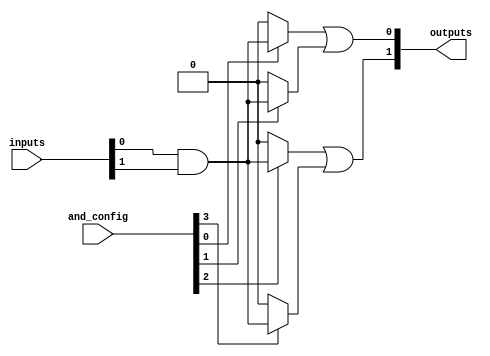
module flash_programmable_pal (
    input wire [N-1:0] inputs,              // Array of inputs
    input wire [M-1:0] and_config,          // Configuration for AND array (programmed connections)
    output wire [P-1:0] outputs              // Array of outputs
);

// Parameters
parameter N = 4;                            // Number of input pins
parameter M = 8;                            // Number of programmable AND gates
parameter P = 2;                            // Number of fixed OR outputs

// AND array - configurable product terms
wire [M-1:0] and_outputs;                  // Outputs from AND gates

genvar i, j;

// Generate the AND array
generate
    for (i = 0; i < M; i = i + 1) begin: and_array
        assign and_outputs[i] = and_config[i] ? 
            (inputs[0] & inputs[1]) : 1'b0; // Example with 2 inputs
            // Add conditions for other inputs based on programming
            // This should be modified to reflect actual programmed connections
    end
endgenerate

// Fixed OR array
assign outputs[0] = and_outputs[0] | and_outputs[1]; // Output 1
assign outputs[1] = and_outputs[2] | and_outputs[3]; // Output 2
// Additional OR gates can be added as needed

endmodule